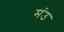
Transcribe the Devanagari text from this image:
मंउ